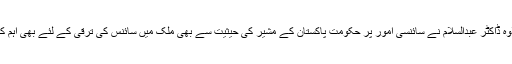
اس کے علاوہ ڈاکٹر عبدالسلام نے سائنسی امور پر حکومت پاکستان کے مشیر کی حیثیت سے بھی ملک میں سائنس کی ترقی کے لئے بھی اہم کردار ادا کیا۔